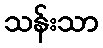
သန်းသာ